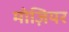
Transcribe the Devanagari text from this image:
मोज़ियर